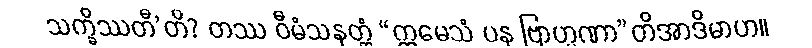
သက္ခိဿတီ’တိ? တဿ ဝီမံသနတ္ထံ “ဣမေသံ ပန ဗြာဟ္မဏာ”တိအာဒိမာဟ။